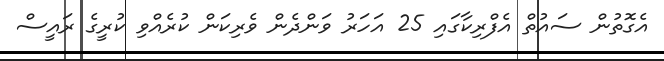
އެގޮތުން ސައުތް އެފްރިކާގައި 25 އަހަރު ވަންދެން ވެރިކަން ކުރެއްވި ކުރީގެ ރައީސް